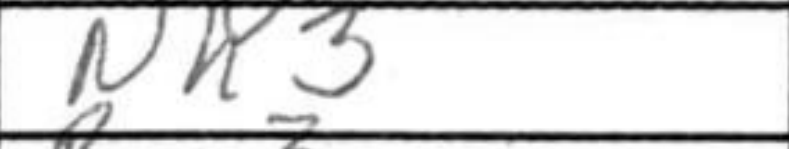
Transcription: Nh3